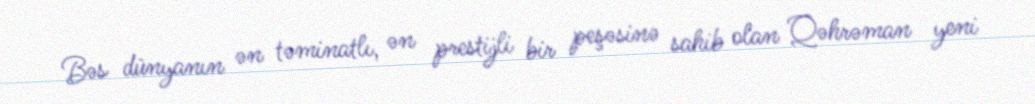
Bəs dünyanın ən təminatlı, ən prestijli bir peşəsinə sahib olan Qəhrəman yeni